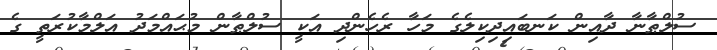
ސުލްޠާނާ ދާއިން ކަނބައިދިކިލެގެ މަހާ ރެހެންދި އަކީ ސުލްޠާން މުޙައްމަދު އަލްމާކުރަތީ ގެ